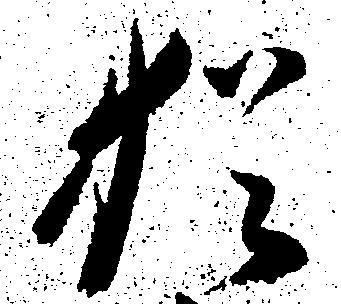
猶